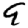
Digit: 9